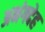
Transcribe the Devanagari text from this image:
अभंगदेह